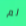
لم